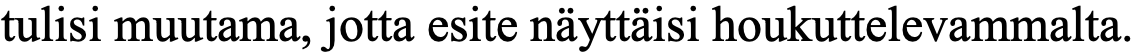
tulisi muutama, jotta esite näyttäisi houkuttelevammalta.